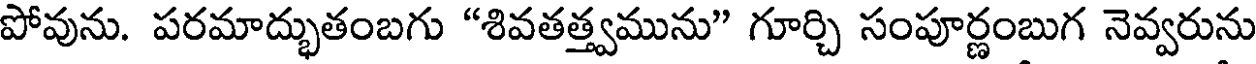
పోవును. పరమాద్భుతంబగు "శివతత్త్వమును" గూర్చి సంపూర్ణంబుగ నెవ్వరును